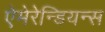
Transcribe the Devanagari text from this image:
ऐमेरेन्डियन्स